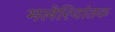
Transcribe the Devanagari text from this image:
मलेरियांतक